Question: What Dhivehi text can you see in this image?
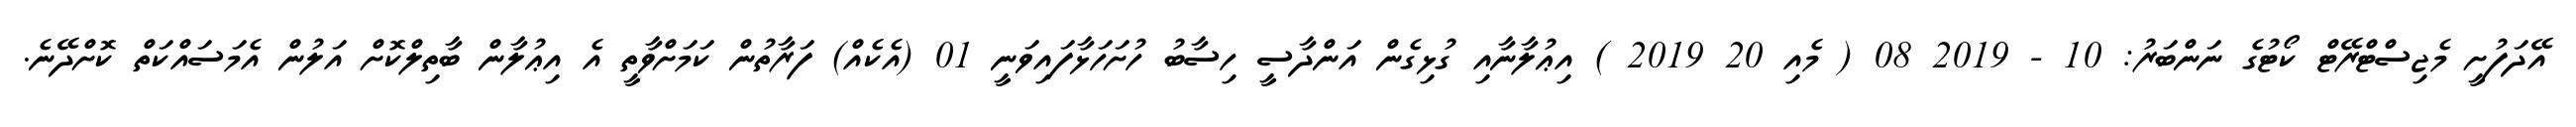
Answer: އޭދަފުށީ މެޖިސްޓްރޭޓް ކޯޓުގެ ނަންބަރު: 10 - 2019 08 ( މެއި 20 2019 ) އިޢުލާނާއި ގުޅިގެން އަންދާސީ ހިސާބު ހުށަހަޅާފައިވަނީ 01 (އެކެއް) ފަރާތުން ކަމަށްވާތީ އެ އިޢުލާން ބާތިލްކޮށް އަލުން އެމަސައްކަތް ކޮށްދޭނެ.